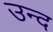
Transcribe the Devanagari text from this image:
उन्द